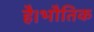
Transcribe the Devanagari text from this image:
है।भौतिक